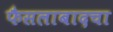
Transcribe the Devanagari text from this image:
फैसलाबादचा